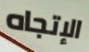
الإتجاه